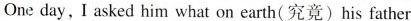
One day, I asked him what on earth(究竟) his father